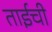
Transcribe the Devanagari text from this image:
ताईची